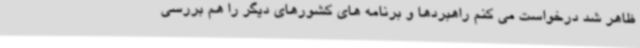
ظاهر شد درخواست می کنم راهبردها و برنامه های کشورهای دیگر را هم بررسی